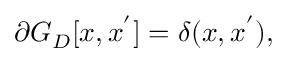
\partial G _ { D } [ x , x ^ { ' } ] = \delta ( x , x ^ { ' } ) ,